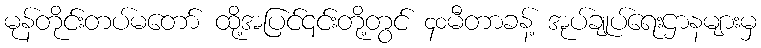
မုန်တိုင်းတပ်မတော် ထို့အပြင်၎င်းတို့တွင် ၄၀မီတာခန့် အုပ်ချုပ်ရေးဌာနများမှ